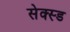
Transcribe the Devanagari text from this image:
सेक्स्ड